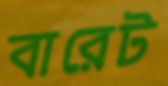
বারেট